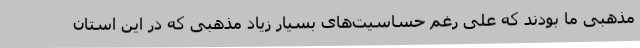
مذهبی ما بودند که علی رغم حساسیت‌های بسیار زیاد مذهبی که در این استان